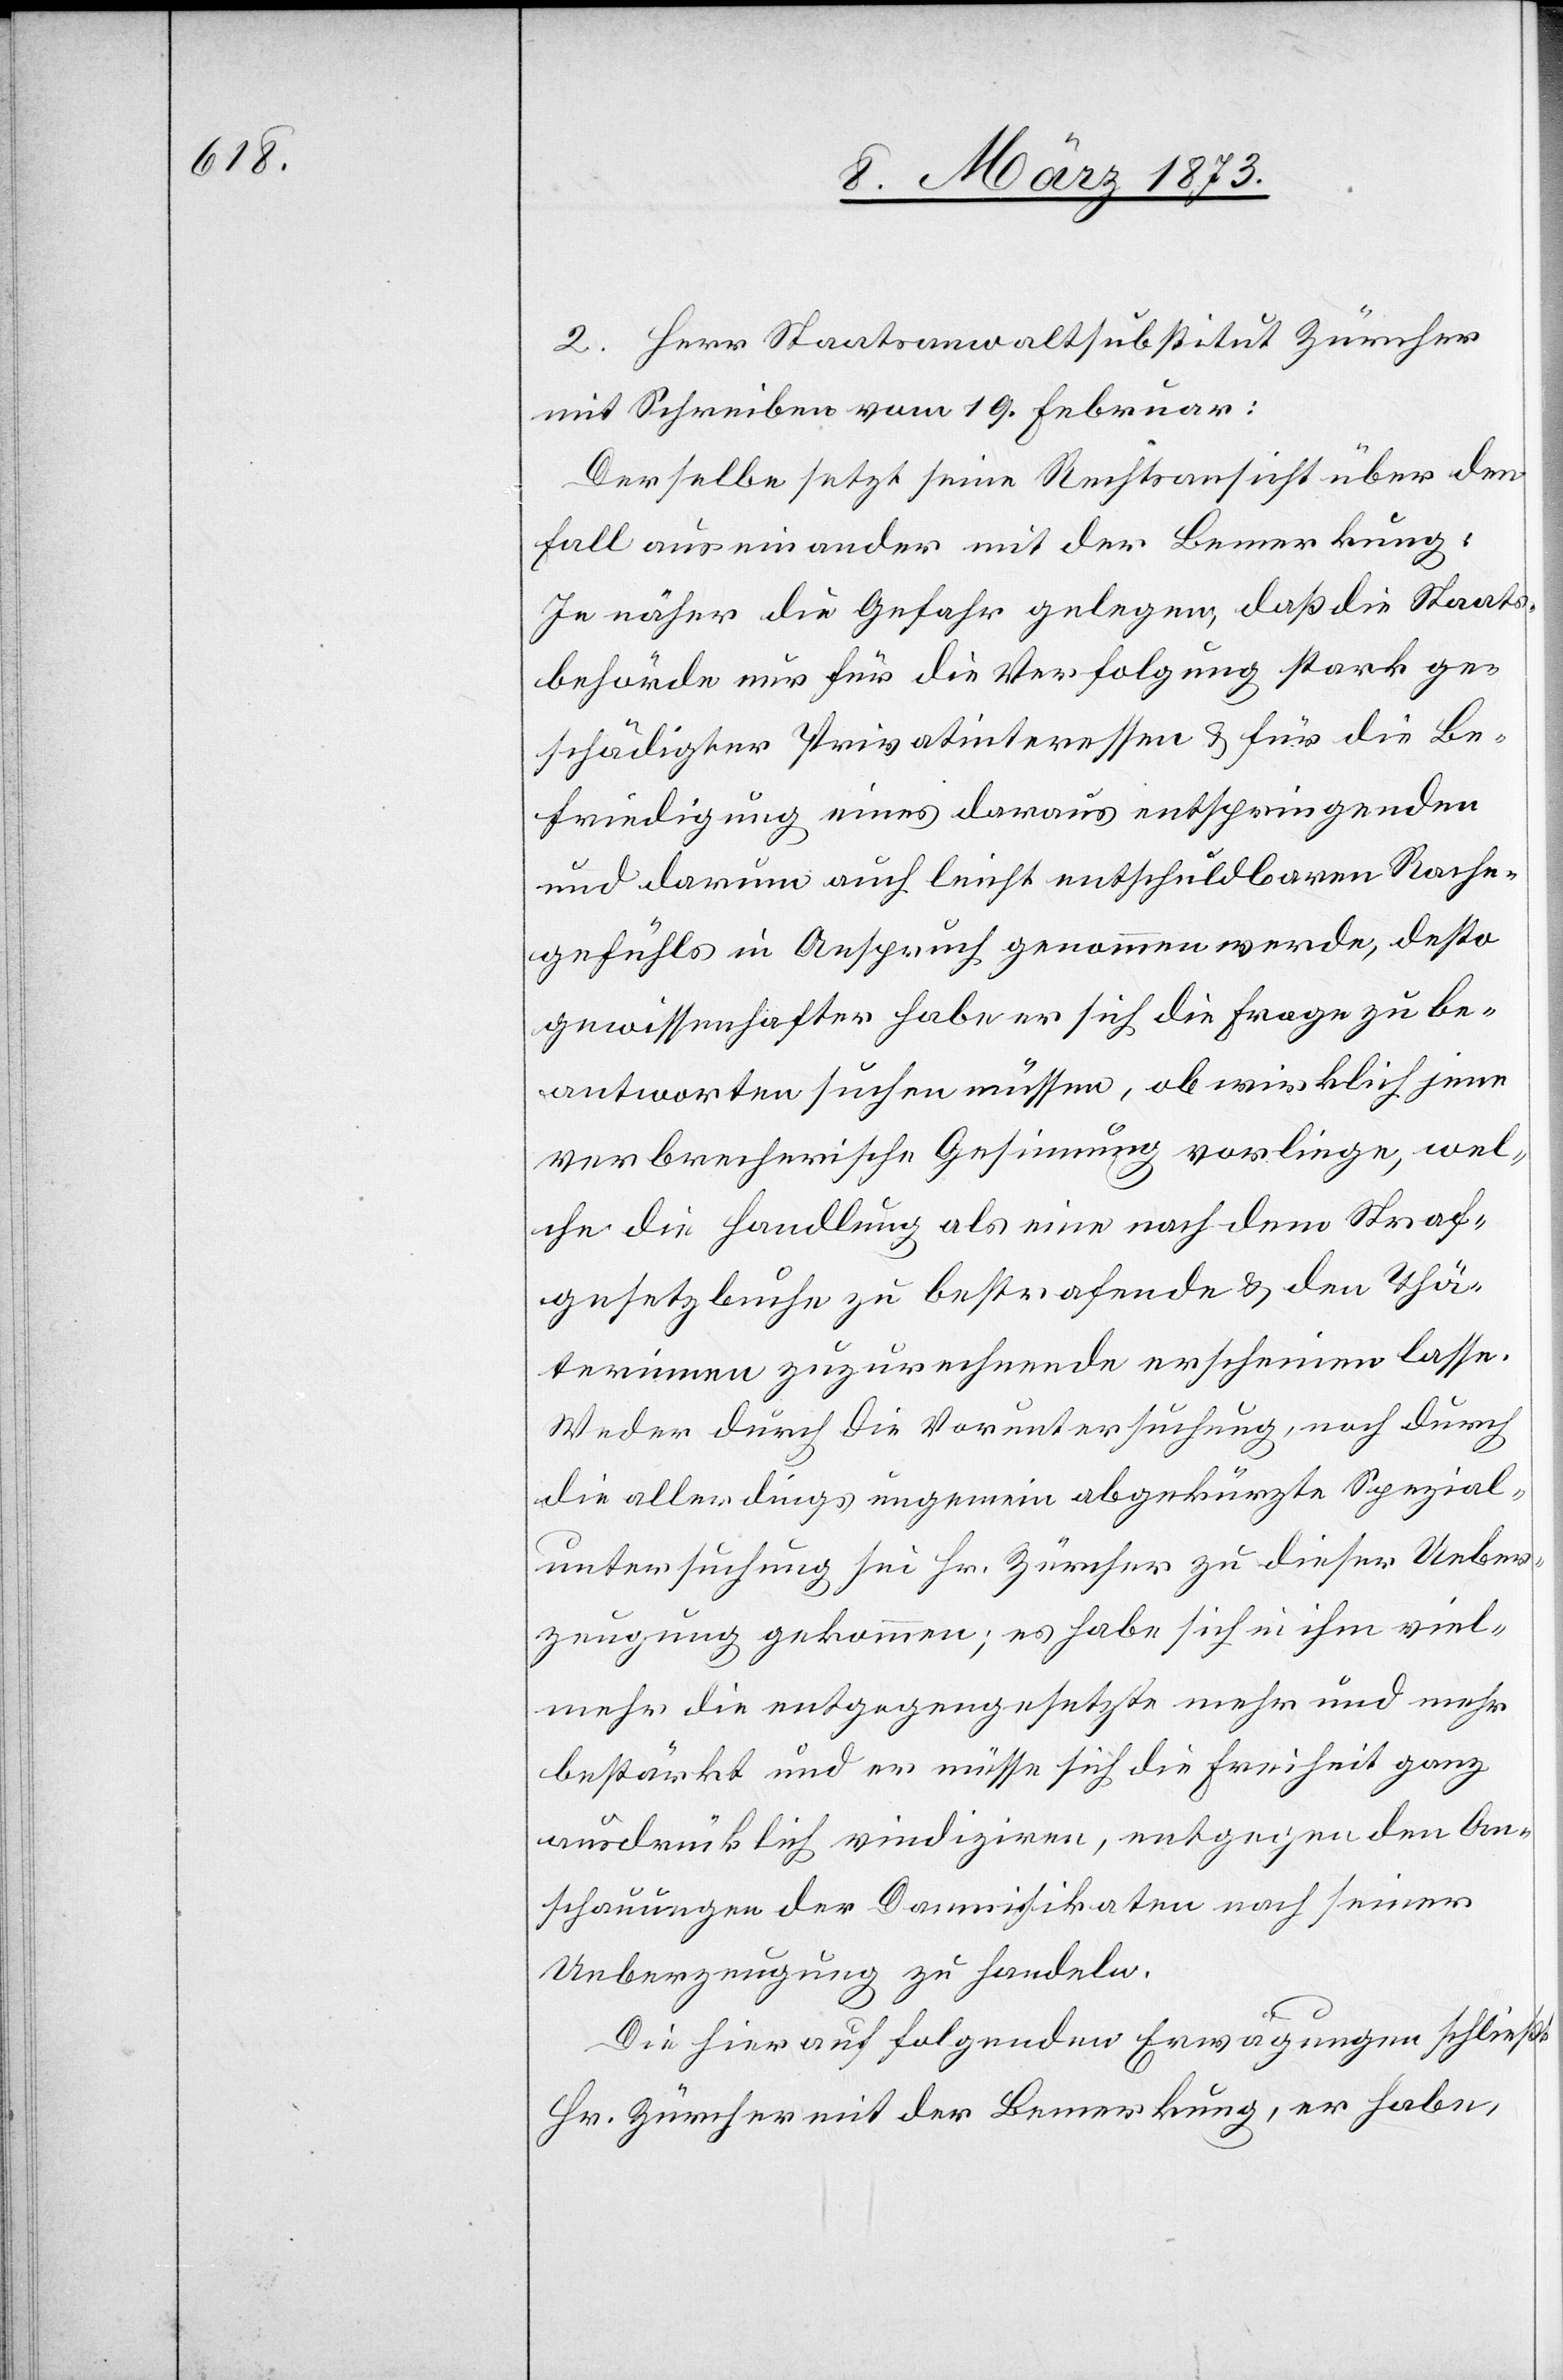
2. Herr Staatsanwaltsubstitut Zürcher
mit Schreiben vom 19. Februar:
Derselbe setzt seine Rechtsansicht über den
Fall auseinander mit der Bemerkung:
Je näher die Gefahr gelegen, daß die Staats¬
behörde nur für die Verfolgung stark ge¬
schädigter Privatinteressen u. für die Be¬
friedigung eines daraus entspringenden
und darum auch leicht entschuldbaren Rache¬
gefühls in Anspruch genommen werde, desto
gewissenhafter habe er sich die Frage zu be¬
antworten suchen müssen, ob wirklich jene
verbrecherische Gesinnung vorliege, wel¬
che die Handlung als eine nach dem Straf¬
gesetzbuche zu bestrafende u. den Thä¬
terinnen zuzurechnende erscheinen lasse.
Weder durch die Voruntersuchung, noch durch
die allerdings ungemein abgekürzte Spezial¬
untersuchung sei Hr. Zürcher zu dieser Ueber¬
zeugung gekommen; es habe sich ihn ihm viel¬
mehr die entgegengesetzte mehr und mehr
bestärkt und er müsse sich die Freiheit ganz
ausdrücklich vindiziren, entgegen den An¬
schauungen der Damnifikaten nach seiner
Ueberzeugung zu handeln.
Die hierauf folgenden Erwägungen schließt
Hr. Zürcher mit der Bemerkung, er habe,